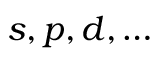
s , p , d , \dots